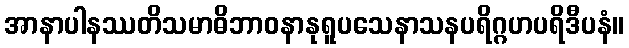
အာနာပါနဿတိသမာဓိဘာဝနာနုရူပသေနာသနပရိဂ္ဂဟပရိဒီပနံ။